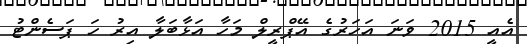
އެއީ 2015 ވަނަ އަހަރުގެ އޭޕްރީލް މަހާ އަޅާބަލާ އިރު ހަ ޕަސެންޓު